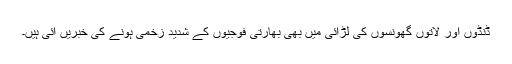
ڈنڈوں اور لاتوں گھونسوں کی لڑائی میں بھی بھارتی فوجیوں کے شدید زخمی ہونے کی خبریں آئی ہیں۔